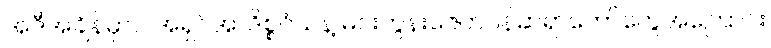
အဲဒီအချိန်မှာပဲ အရှင်အာဒိစ္စဝံသနဲ့ မင်းကွန်းဇေတဝန်ဆရာတော်တွေအကြောင်း